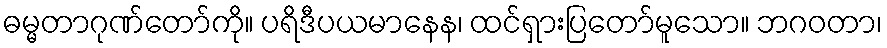
ဓမ္မတာဂုဏ်တော်ကို။ ပရိဒီပယမာနေန၊ ထင်ရှားပြတော်မူသော။ ဘဂဝတာ၊